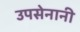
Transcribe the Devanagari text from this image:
उपसेनानी